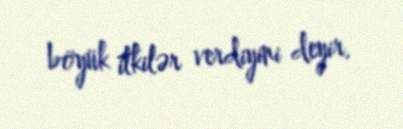
böyük itkilər verdiyini deyir.